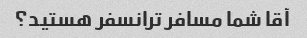
آقا شما مسافر ترانسفر هستید؟